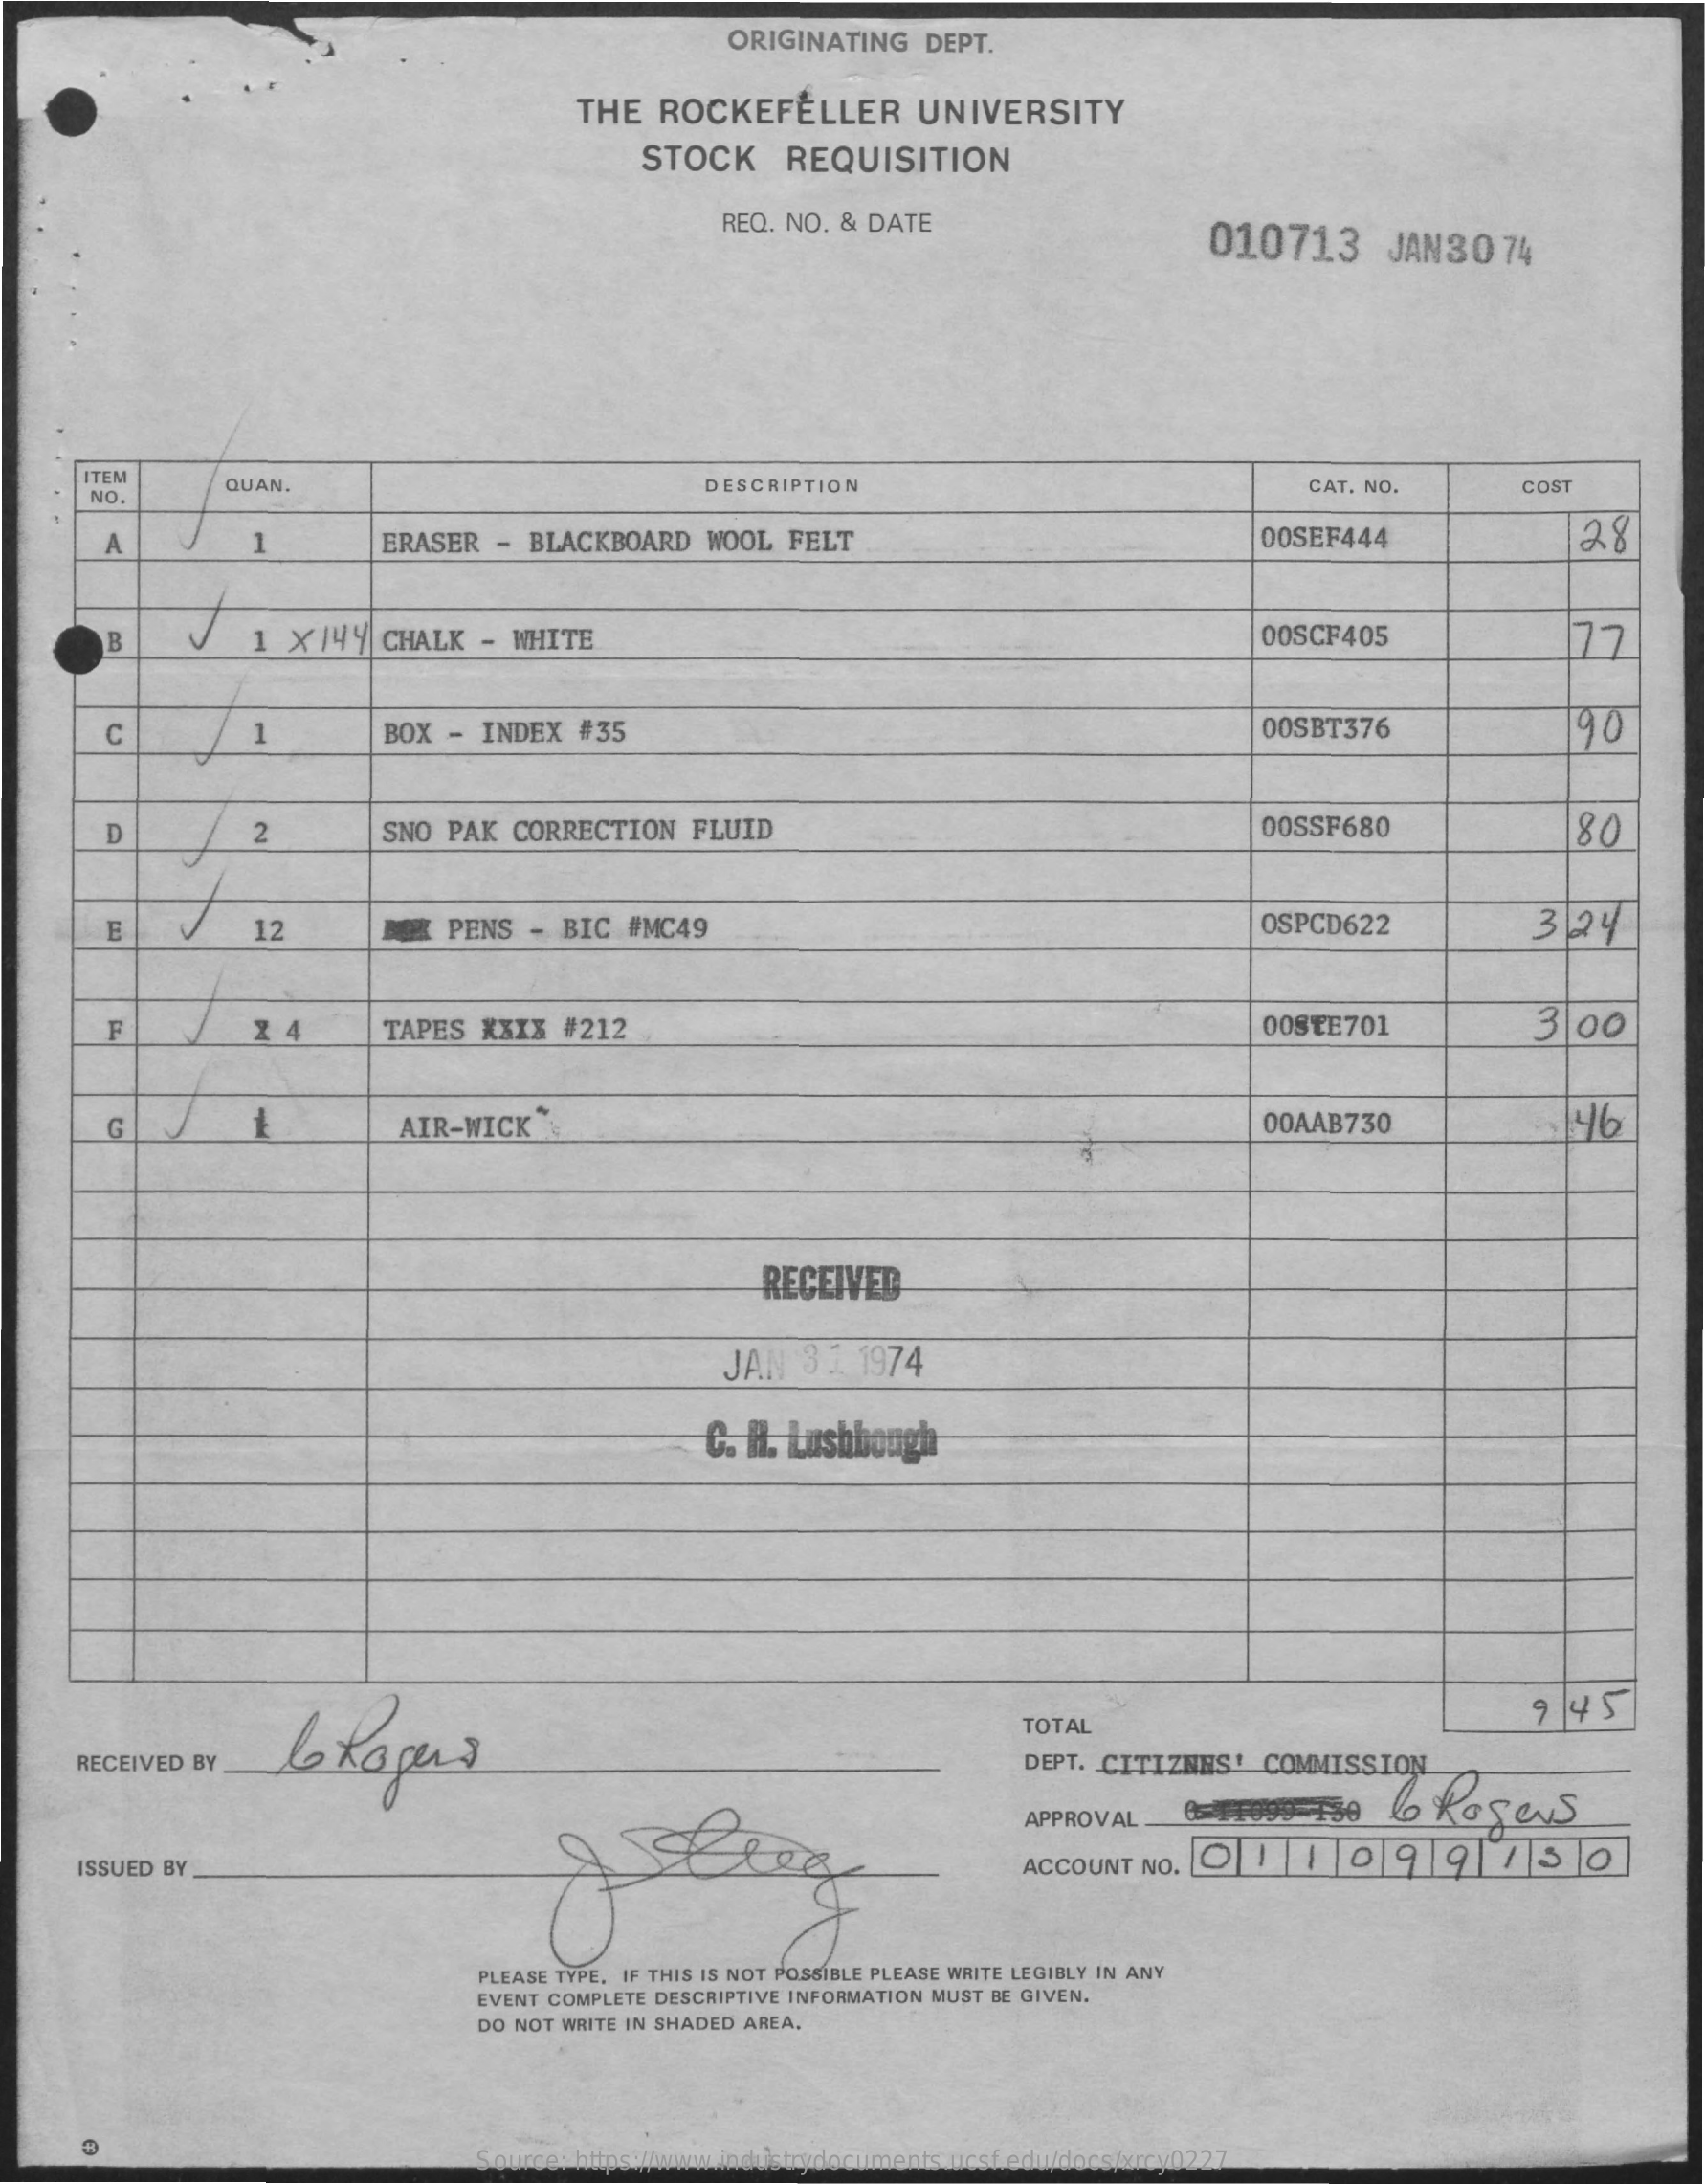
ORIGINATING    DEPT.
     THE  ROCKEFELLER    UNIVERSITY
     STOCK    REQUISITION
     REQ. NO. & DATE
     010713    JAN30    74
     TEM
     NO.    QUAN.    DESCRIPTION    CAT. NO.    COST
     A    ERASER   - BLACKBOARD    WOOL  FELT    00SEF444    28
     1  X/44   CHALK   - WHITE    00SCF405    77
     -
     C    BOX  -  INDEX  #35    00SBT376    90
     D    2    SNO  PAK  CORRECTION    FLUID    00SSF680    80
     E    12    OK PENS   - BIC  #MC49    OSPCD622    3  24
     F    Z 4    TAPES   XXXX  #212    OOSTE701    3|00
     -
     G    AIR-WICK    00AAB730    46
     RECEIVED
     JAN   37  1974
     C. H. Lushbough
     TOTAL
     9/45
     RECEIVED BY    DEPT. CITIZNES'    COMMISSION
     APPROVAL
     ISSUED BY    ACCOUNT   NO. L 0  1  1   0   9  9    7  30
     PLEASE TYPE. IF THIS IS NOT POSSIBLE PLEASE WRITE LEGIBLY IN ANY
     EVENT COMPLETE DESCRIPTIVE INFORMATION MUST BE GIVEN.
     DO NOT WRITE IN SHADED AREA.
     Source: https://www.industrydocuments.ucsf.edu/docs/xrcy0227